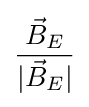
{\frac {{\vec {B}}_{E}}{|{\vec {B}}_{E}|}}